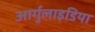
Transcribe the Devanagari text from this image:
आर्गुलाइडिया